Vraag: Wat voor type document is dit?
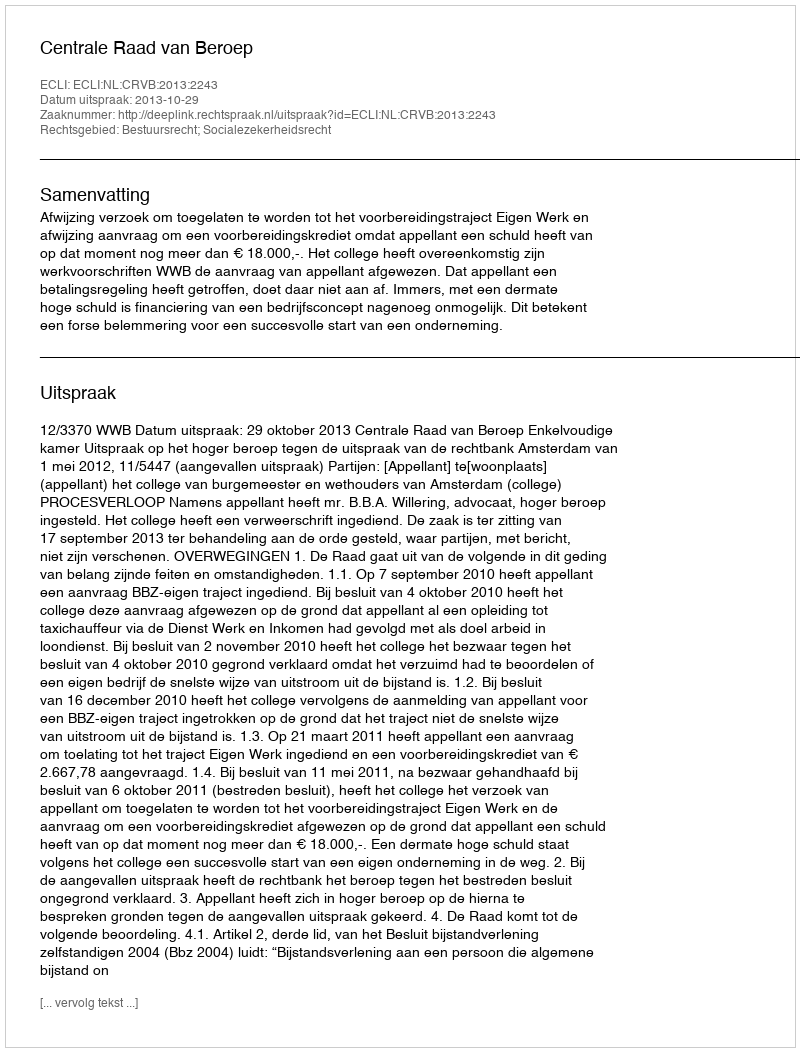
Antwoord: Uitspraak